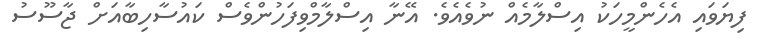
ފިޔަވައި އެހެންމީހަކު އިސްލާމެއް ނުވެއެވެ. އޭނާ އިސްލާމްވިފަހުންވެސް ކައުސާހިބާއަށް ޖާސޫސު